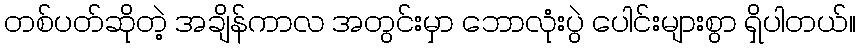
တစ်ပတ်ဆိုတဲ့ အချိန်ကာလ အတွင်းမှာ ဘောလုံးပွဲ ပေါင်းများစွာ ရှိပါတယ်။